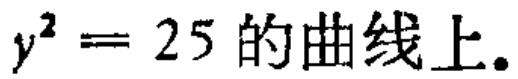
$y^{2}=25$的曲线上.